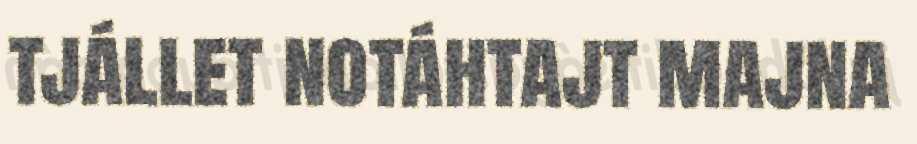
tjállet notáhtajt majna